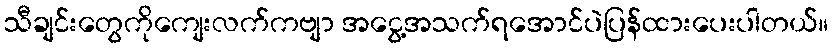
သီချင်းတွေကိုကျေးလက်ကဗျာ အငွေ့အသက်ရအောင်ပဲပြန်ထားပေးပါတယ်။